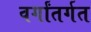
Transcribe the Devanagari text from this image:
वर्गांतर्गत